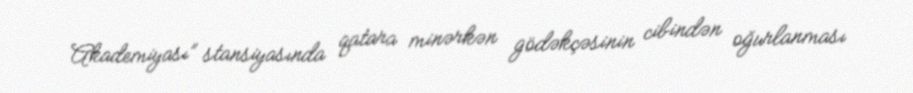
Akademiyası” stansiyasında qatara minərkən gödəkçəsinin cibindən oğurlanması